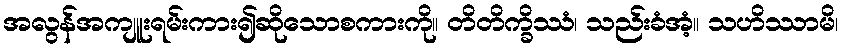
အလွန်အကျူးရမ်းကား၍ဆိုသောစကားကို။ တိတိက္ခိဿံ၊ သည်းခံအံ့။ သဟိဿာမိ၊